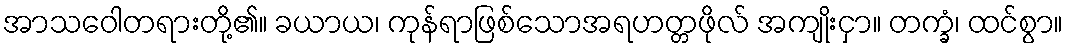
အာသဝေါတရားတို့၏။ ခယာယ၊ ကုန်ရာဖြစ်သောအရဟတ္တဖိုလ် အကျိုးငှာ။ တက္ခံ၊ ထင်စွာ။